Report on the working of the mental hospitals for Indians in Bihar and Orissa - 1925-1929
Year: 1925
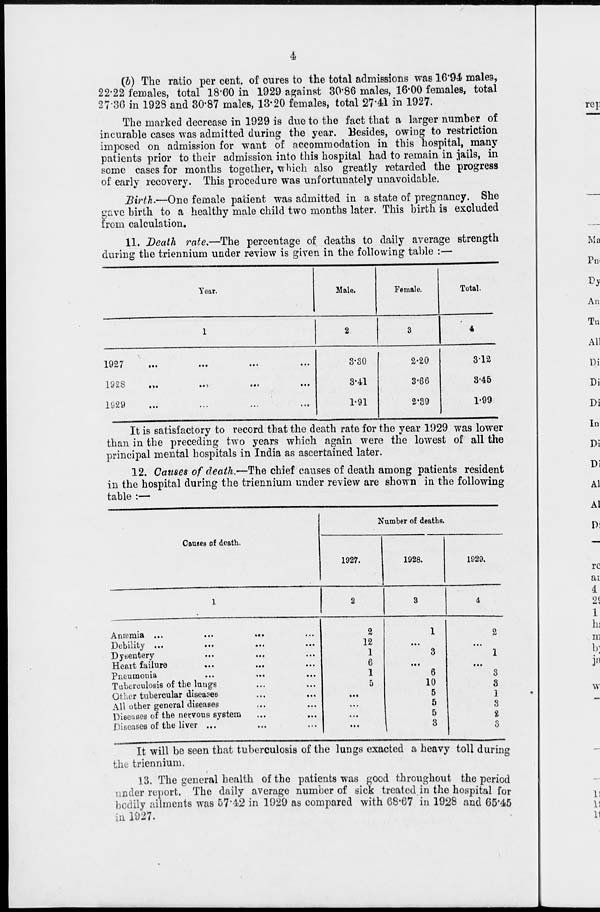
4
(b) The ratio per cent. of cures to the total admissions was 16.94 males,
22.22 females, total 18.60 in 1929 against 30.86 males, 16.00 females, total
27.36 in 1928 and 30.87 males, 13.20 females, total 27.41 in 1927.
The marked decrease in 1929 is due to the fact that a larger number of
incurable cases was admitted during the year. Besides, owing to restriction
imposed on admission for want of accommodation in this hospital, many
patients prior to their admission into this hospital had to remain in jails, in
some cases for months together, which also greatly retarded the progress
of early recovery. This procedure was unfortunately unavoidable.
Birth.—One female patient was admitted in a state of pregnancy. She
gave birth to a healthy male child two months later. This birth is excluded
from calculation.
11. Death rate.—The percentage of deaths to daily average strength
during the triennium under review is given in the following table :—
Year.
1
1927 ... ... ... ...
1928 ... ... ... ...
1929 ... ... ... ...
Male.
2
3.30
3.41
1.91
Female.
3
2.20
3.66
2.39
Total.
4
3.12
3.45
1.99
It is satisfactory to record that the death rate for the year 1929 was lower
than in the preceding two years which again were the lowest of all the
principal mental hospitals in India as ascertained later.
12. Causes of death.—The chief causes of death among patients resident
in the hospital during the triennium under review are shown in the following
table :—
Causes of death.
1
Anæmia ...
...
...
...
Debility ...
...
...
...
Dysentery
...
...
...
Heart failure ... ... ...
Pneumonia
...
...
...
Tuberculosis of the lungs ... ...
Other tubercular diseases ... ...
All other general diseases ... ...
Diseases of the nervous system ... ...
Diseases of the liver ... ... ...
Number of deaths.
1927.
2
2
12
1
6
1
5
...
...
...
...
1928.
3
1
...
3
...
6
10
5
5
5
3
1929.
4
2
...
1
...
3
3
1
3
2
3
It will be seen that tuberculosis of the lungs exacted a heavy toll during
the triennium.
13. The general health of the patients was good throughout the period
under report. The daily average number of sick treated in the hospital for
bodily ailments was 57.42 in 1929 as compared with 68.67 in 1928 and 65.45
in 1927.